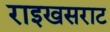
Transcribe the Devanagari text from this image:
राइखसराट